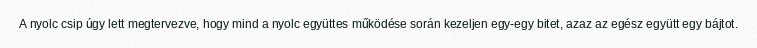
A nyolc csip úgy lett megtervezve, hogy mind a nyolc együttes működése során kezeljen egy-egy bitet, azaz az egész együtt egy bájtot.